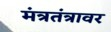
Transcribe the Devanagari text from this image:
मंत्रतंत्रावर